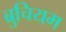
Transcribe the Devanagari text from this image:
ब्रुचियम